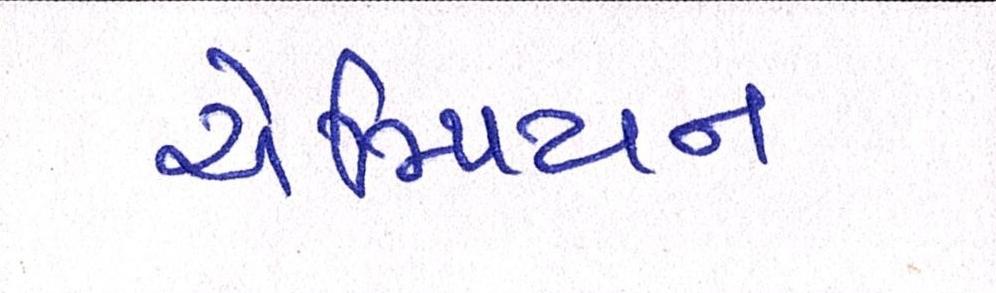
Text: ચેમ્પિયન